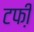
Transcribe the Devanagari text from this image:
टफी़